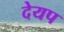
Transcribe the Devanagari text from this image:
देयप